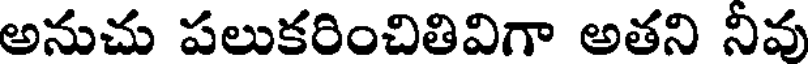
అనుచు పలుకరించితివిగా అతని నీవు